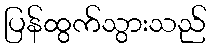
ပြန်ထွက်သွားသည်